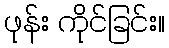
ဖုန်း ကိုင်ခြင်း။